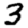
Digit: 3